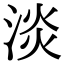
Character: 淡